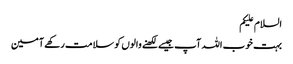
السلام علیکم
بہت خوب اللہ آپ جیسے لکھنے والوں کو سلامت رکھے آمین